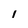
Character: 1